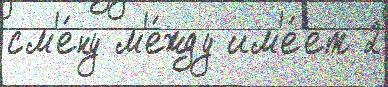
см'е́ну м'е́жду им'е́ет 2